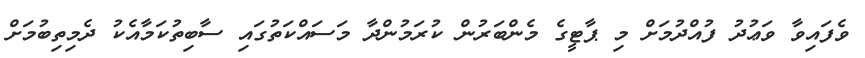
ވެފައިވާ ވަޢުދު ފުއްދުމަށް މި ޕާޓީގެ މެންބަރުން ކުރަމުންދާ މަސައްކަތުގައި ސާބިތުކަމާއެކު ދެމިތިބުމަށް